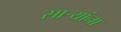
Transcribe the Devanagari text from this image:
सार्‍यांना